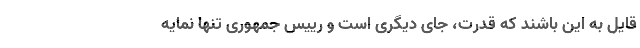
قایل به این باشند که قدرت، جای دیگری است و رییس جمهوری تنها نمایه